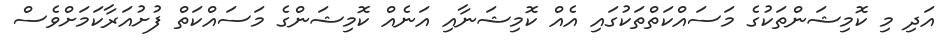
އަދި މި ކޮމިޝަންތަކުގެ މަސައްކަތްތަކުގައި އެއް ކޮމިޝަނާއި އަނެއް ކޮމިޝަންގެ މަސައްކަތް ފުށުއަރާކަމަށްވެސް